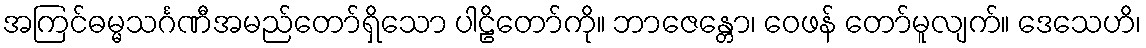
အကြင်ဓမ္မသင်္ဂဏီအမည်တော်ရှိသော ပါဠိတော်ကို။ ဘာဇေန္တော၊ ဝေဖန် တော်မူလျက်။ ဒေသေဟိ၊